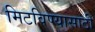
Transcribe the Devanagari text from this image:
मिटविण्यासाठी